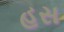
હસ